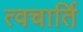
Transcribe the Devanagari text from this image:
त्वचार्ति